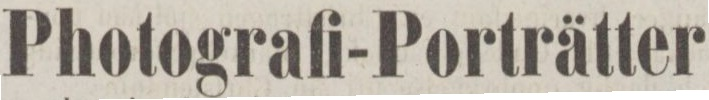
Photografi-Porträtter